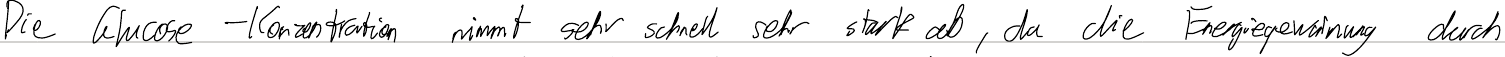
Die Glucose-Konzentration nimmt sehr schnell sehr stark ab, da die Energiegewinnung durch